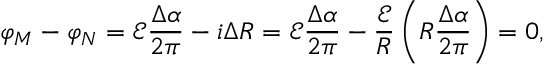
\varphi _ { M } - \varphi _ { N } = \mathcal E \frac { \Delta \alpha } { 2 \pi } - i \Delta R = \mathcal E \frac { \Delta \alpha } { 2 \pi } - \frac { \mathcal E } { R } \left( R \frac { \Delta \alpha } { 2 \pi } \right) = 0 ,